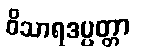
ဝိသာရဒပ္ပတ္တာ